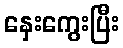
နှေးကွေးပြီး